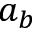
a _ { b }